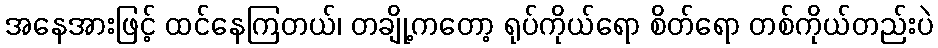
အနေအားဖြင့် ထင်နေကြတယ်၊ တချို့ကတော့ ရုပ်ကိုယ်ရော စိတ်ရော တစ်ကိုယ်တည်းပဲ